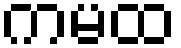
ကမထ